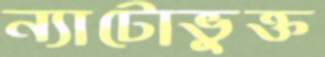
ন্যাটোভুক্ত